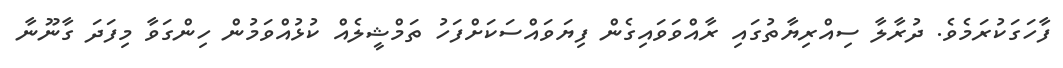
ފާހަގަކުރަމެވެ. ދުރާލާ ސިއްރިޔާތުގައި ރާއްވަވައިގެން ފިޔަވައްސަކަށްފަހު ތަމްޝީލެއް ކުޅުއްވަމުން ހިންގަވާ މިފަދަ ގާނޫނާ